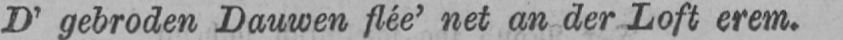
D’ gebroden Dauwen fiée’ net an der Loft erem.